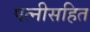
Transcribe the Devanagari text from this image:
पत्नीसहित